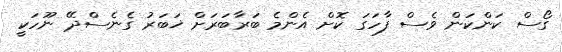
ގޯސް ކަންކަން ވެސް ފާހަގަ ކޮށް އެންމެ ބަރާބަރަށް ޚަބަރު ގެނެސްދޭ ނޫހަކީ